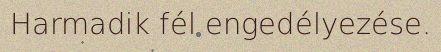
Harmadik fél engedélyezése.